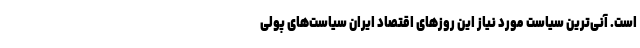
است. آنی‌ترین سیاست مورد نیاز این روزهای اقتصاد ایران سیاست‌های پولی